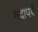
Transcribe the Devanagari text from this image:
गदापर्व